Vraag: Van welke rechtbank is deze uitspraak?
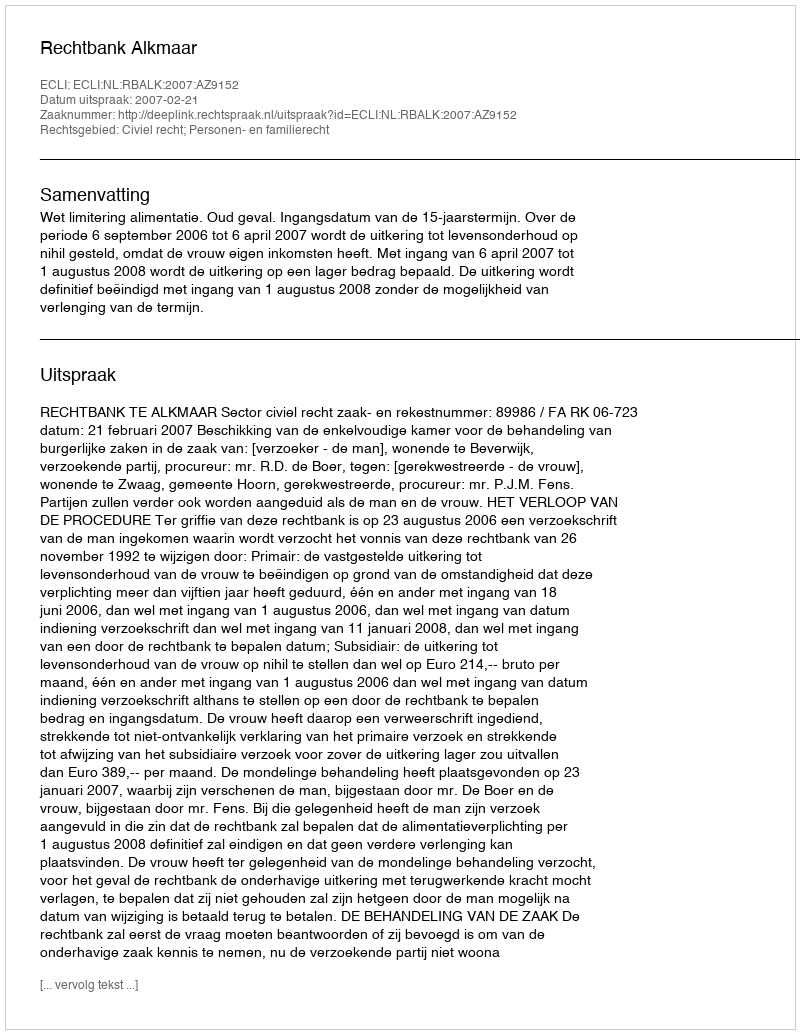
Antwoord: Rechtbank Alkmaar